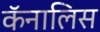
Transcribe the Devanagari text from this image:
कॅनालिस